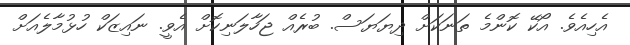
އެހިއެވެ. އޯކޭ ކޮންމެ ތަނަކަށް ދިޔަޔަސް. ބުރެއް ޖަހާލަނިކޮށް އެވީ. ނައިޒަކް ހުޅުމާލެއަށް